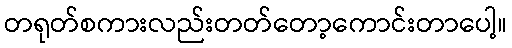
တရုတ်စကားလည်းတတ်တော့ကောင်းတာပေါ့။